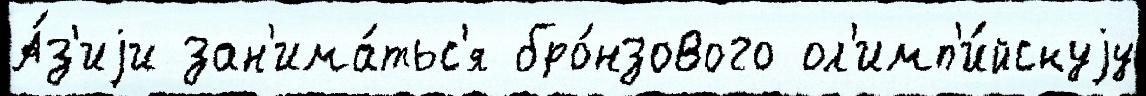
А́з'иjи зан'има́тьс'я бро́нзового ол'имп'и́йскуjу